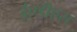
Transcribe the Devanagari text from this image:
ईएडीएस